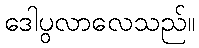
ဒေါပွလာလေသည်။